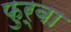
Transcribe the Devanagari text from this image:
फुर्बा